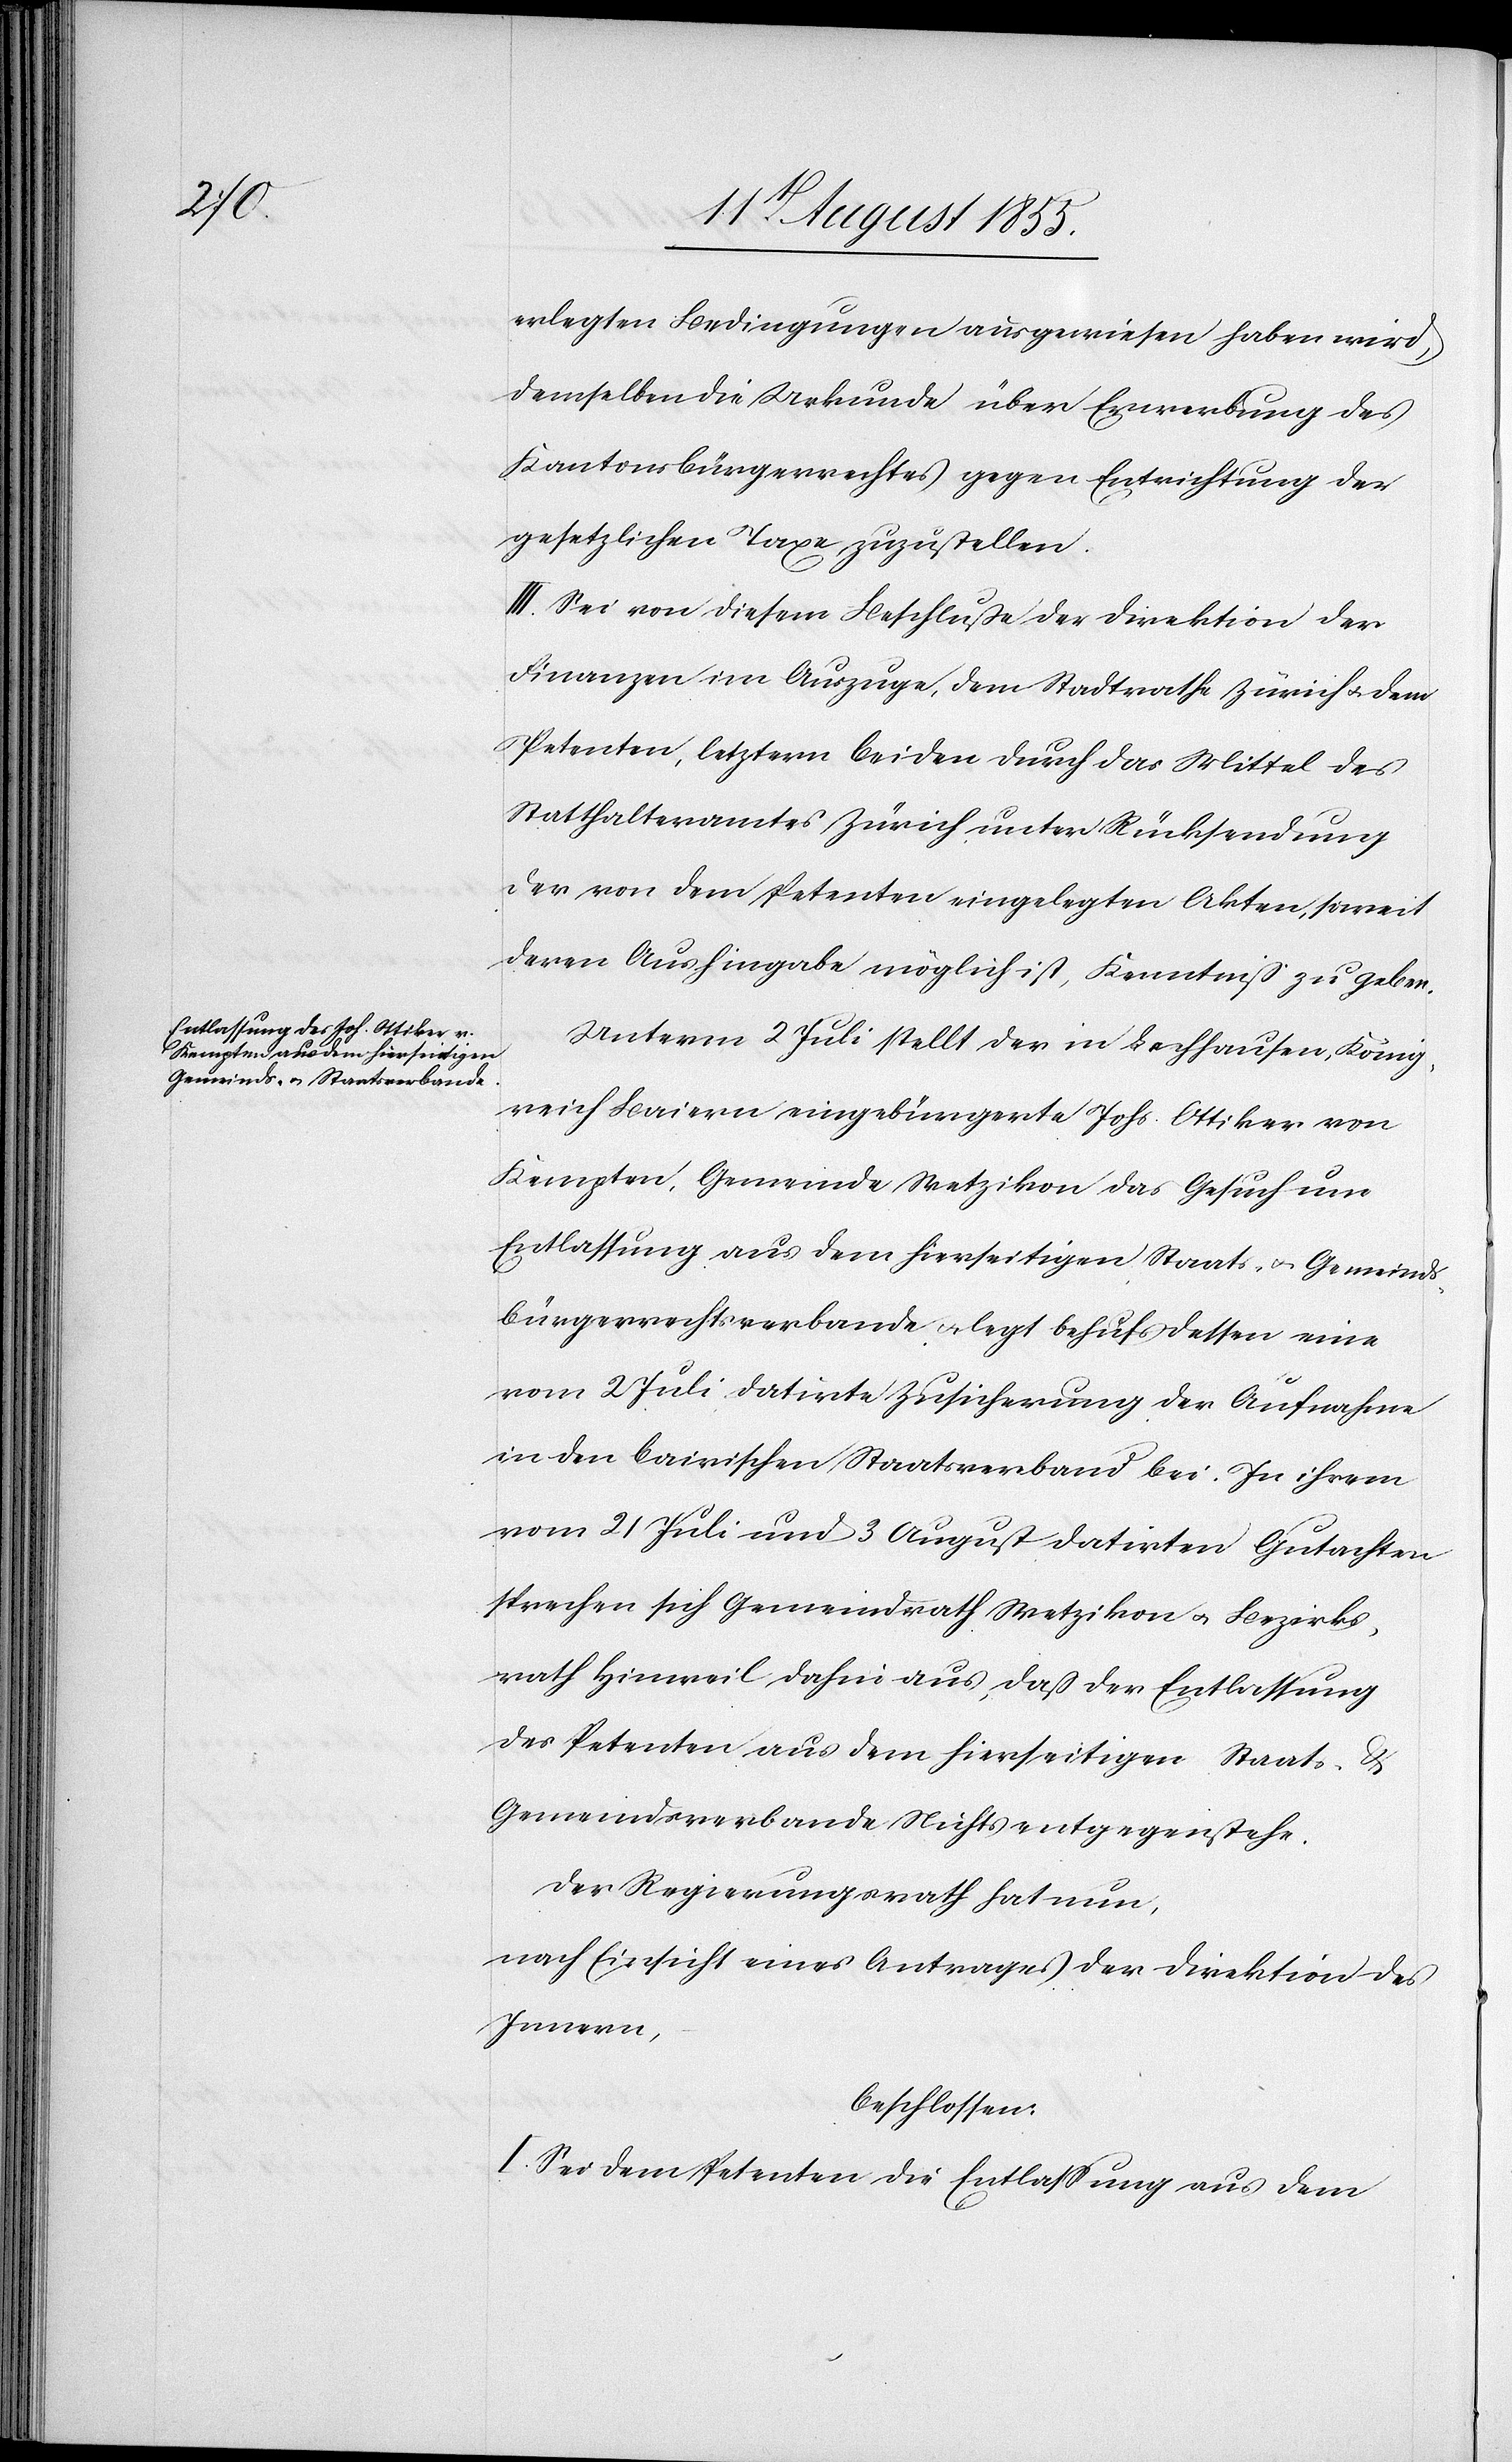
erlegten Bedingungen ausgewiesen haben wird,
demselben die Urkunde über Erwerbung des
Kantonsbürgerrechtes gegen Entrichtung der
gesetzlichen Taxe zuzustellen.
III. Sei von diesem Beschluße der Direktion der
Finanzen im Auszuge, dem Stadtrathe Zürich & dem
Petenten, letztern beiden durch das Mittel des
Statthalteramtes Zürich unter Rücksendung
der von dem Petenten eingelegten Akten, soweit
deren Aushingabe möglich ist, Kenntniß zu geben.
Unterm 2 Juli stellt der in Lechhausen, König¬
reich Baiern eingebürgerte Johs. Ottiker von
Kempten, Gemeinde Wetzikon das Gesuch um
Entlassung aus dem hierseitigen Staats- & Gemeinds¬
bürgerrechtsverbande & legt behufs dessen eine
vom 2 Juli datirte Zusicherung der Aufnahme
in den bairischen Staatsverband bei. In ihrem
vom 21 Juli und 3 August datirten Gutachten
sprechen sich Gemeindrath Wetzikon & Bezirks¬
rath Hinweil dahin aus, daß der Entlassung
des Petenten aus dem hierseitigen Staats- &
Gemeindsverbande Nichts entgegenstehe.
Der Regierungsrath hat nun,
nach Einsicht eines Antrages der Direktion des
Innern,
beschlossen:
I. Sei dem Petenten die Entlassung aus dem